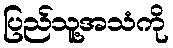
ပြည်သူ့အသံကို